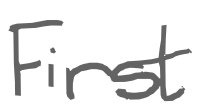
Text: First
Cross-out: clean
Writing tool: digital_gray